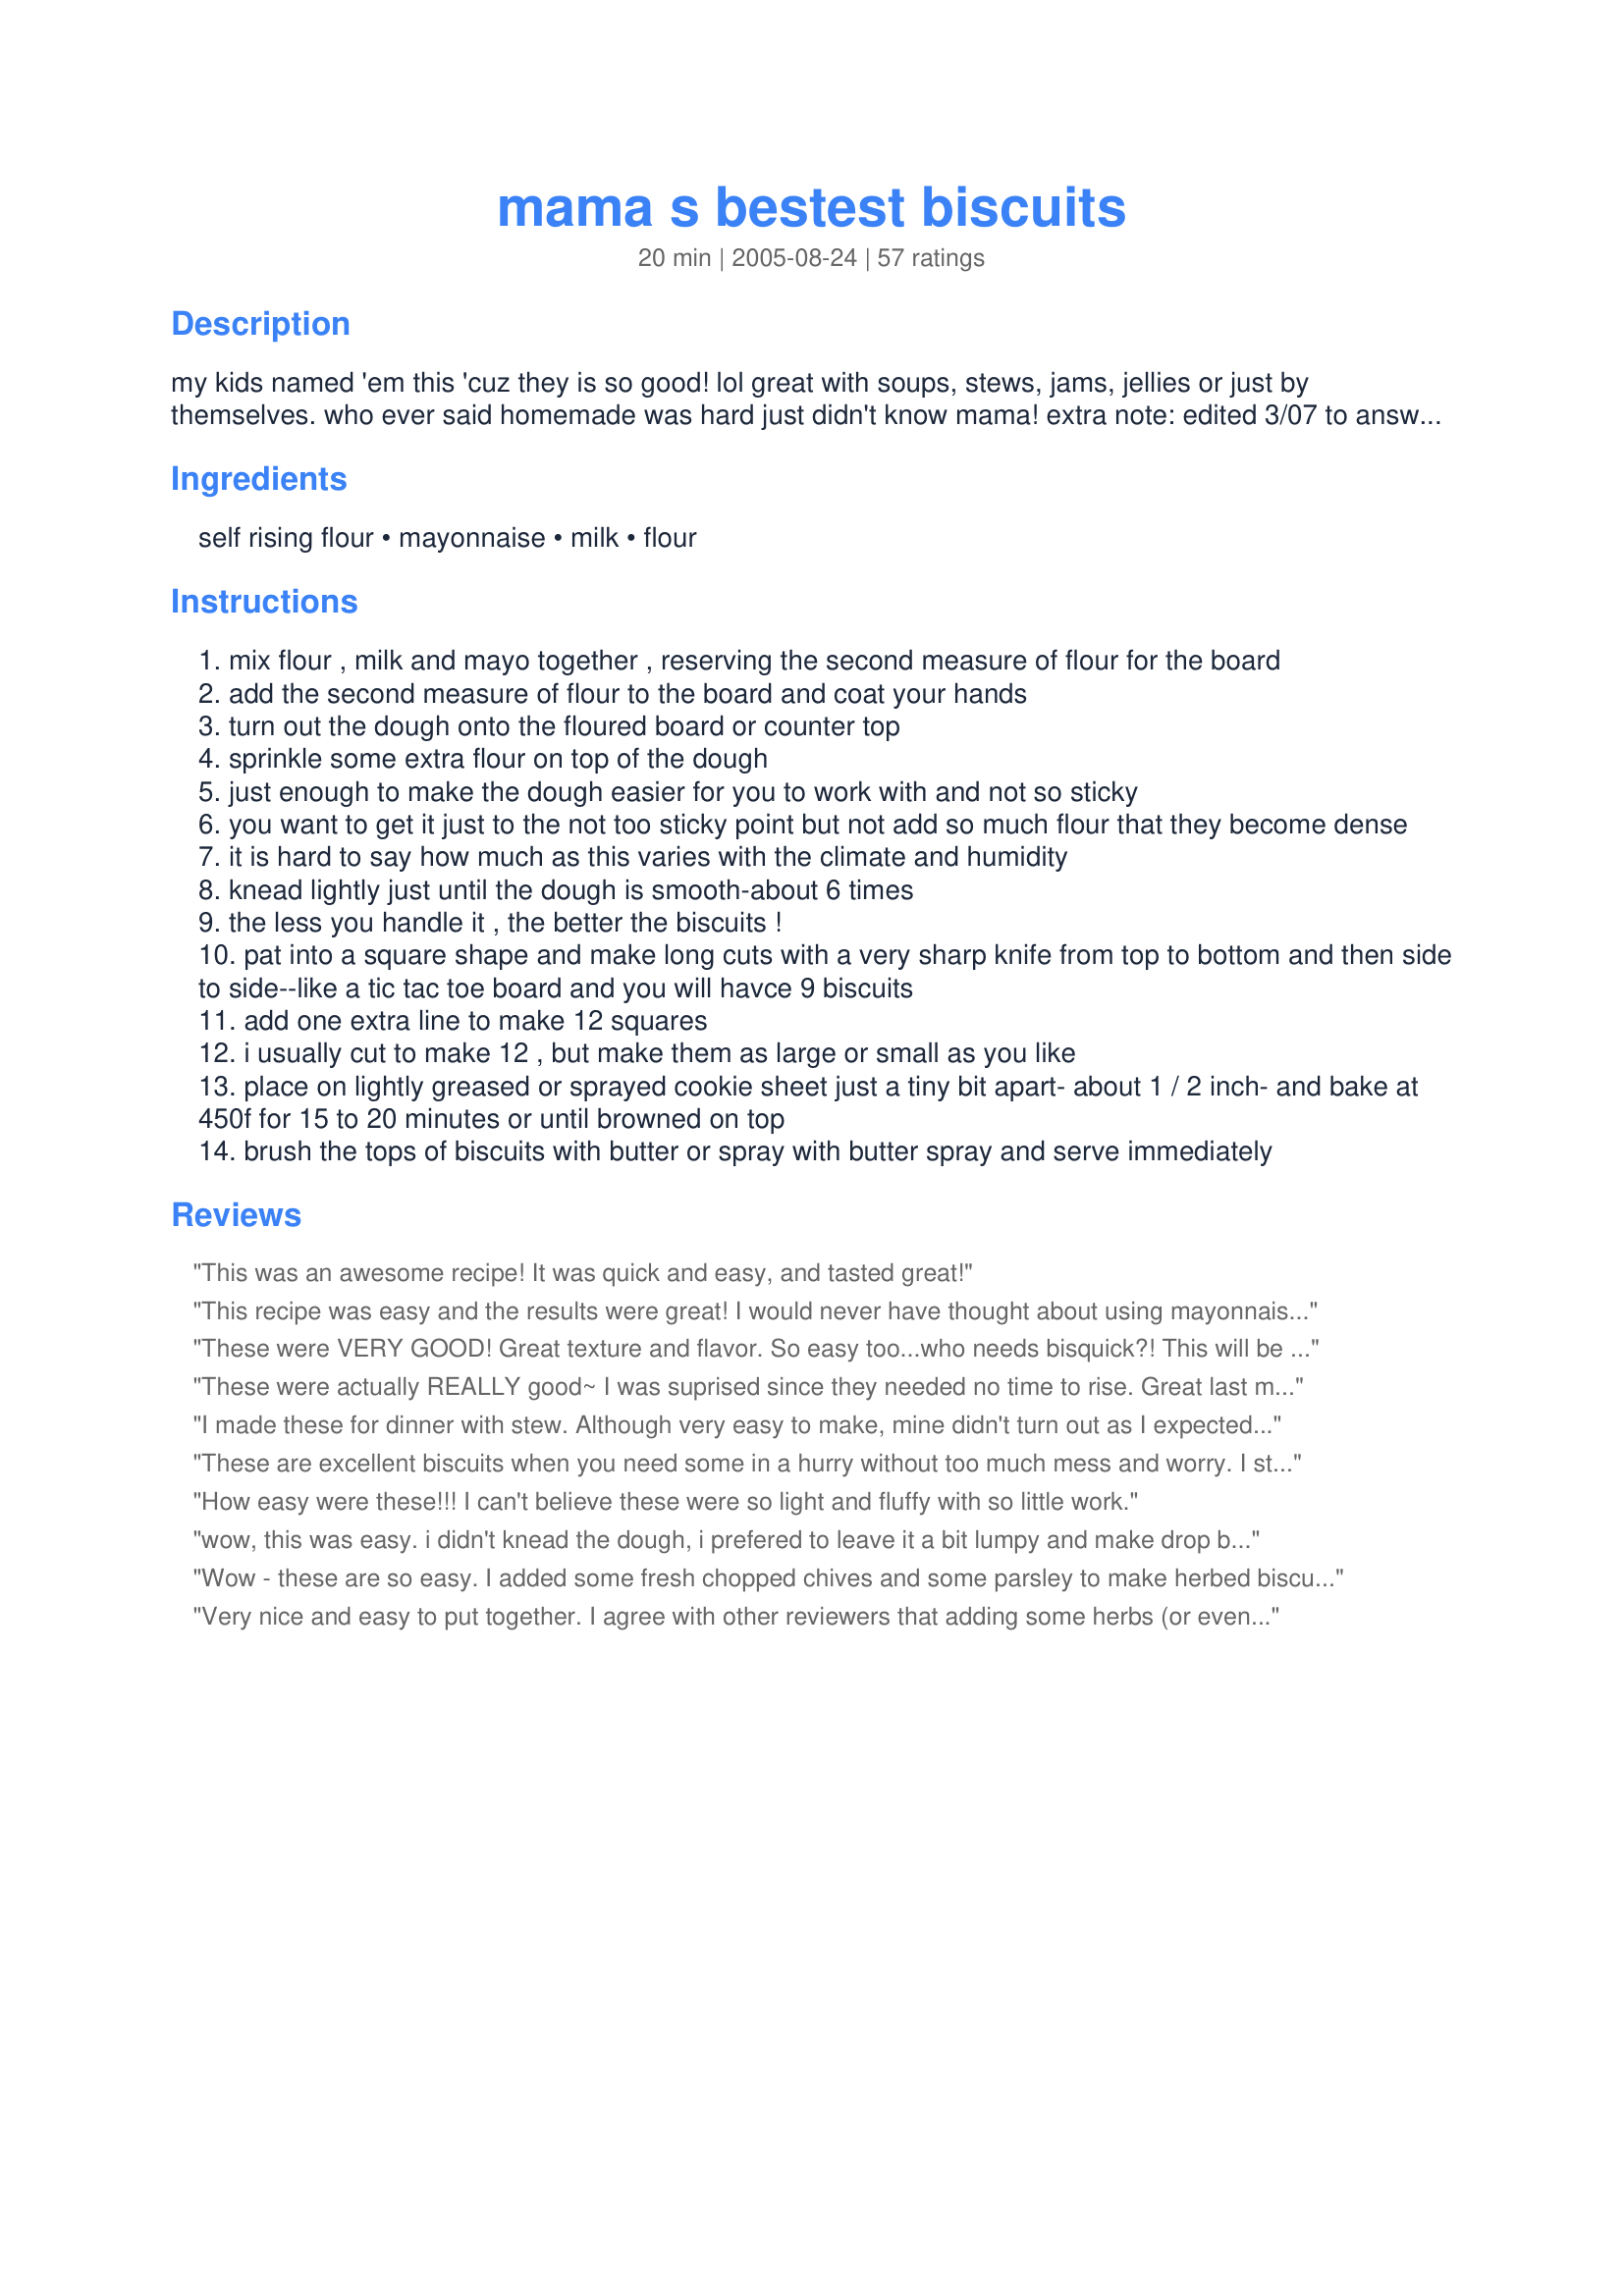
mama s bestest biscuits
Preparation time: 20 minutes

my kids named 'em this 'cuz they is so good! lol great with soups, stews, jams, jellies or just by themselves. who ever said homemade was hard just didn't know mama! extra note: edited 3/07 to answer questions and help you make these come out perfectly. you can even add garlic powder and cheese to make those 'famous restaurant type' biscuits, but better. edited 8/08 to add yes these are basic biscuits. to add additional flavor try adding in herbs and seasonings as stated in the previous edit above. onion powder, garlic powder, fresh cracked black pepper, herbs like oregano or rosemary. you could even brush the top with melted butter when done baking or add some butter buds or molly mcbutter if you like. this also doubles very easily. and again 11-08 this dough is very wet and sticky. make sure your hands are well floured and gently press into shape to knead- do not knead vigorously, you will have a mess. gently pat and use a kneading motion to gently fold the dough into itself and form into a square shape.

Ingredients:
self rising flour, mayonnaise, milk, flour

Steps:
mix flour , milk and mayo together , reserving the second measure of flour for the board
add the second measure of flour to the board and coat your hands
turn out the dough onto the floured board or counter top
sprinkle some extra flour on top of the dough
just enough to make the dough easier for you to work with and not so sticky
you want to get it just to the not too sticky point but not add so much flour that they become dense
it is hard to say how much as this varies with the climate and humidity
knead lightly just until the dough is smooth-about 6 times
the less you handle it , the better the biscuits !
pat into a square shape and make long cuts with a very sharp knife from top to bottom and then side to side--like a tic tac toe board and you will havce 9 biscuits
add one extra line to make 12 squares
i usually cut to make 12 , but make them as large or small as you like
place on lightly greased or sprayed cookie sheet just a tiny bit apart- about 1 / 2 inch- and bake at 450f for 15 to 20 minutes or until browned on top
brush the tops of biscuits with butter or spray with butter spray and serve immediately

Reviews:
This was an awesome recipe! It was quick and easy, and tasted great!
This recipe was easy and the results were great! I would never have thought about using mayonnaise, sooo much better than shortening. We used Fat Free milk. Next time I'll try adding herbs so we can make tiny herb biscuit sandwiches with thinly sliced ham and smoked turkey. Thanks Mama!
These were VERY GOOD! Great texture and flavor. So easy too...who needs bisquick?! This will be my new standby recipe for biscuits from now on! Oh...I did use low fat mayo and it worked just fine. Thanks so much for sharing this!
These were actually REALLY good~ I was suprised since they needed no time to rise. Great last minute throw together roll. Thanks mama's kitchen!
I made these for dinner with stew. Although very easy to make, mine didn't turn out as I expected. They barely rose and mine only made 8 traditional sized bisquits. They cooked too long at 15 minutes on 450. Mine were nice and brown on top, very hard on bottom, soft on inside. I think I will try them one more time, but adjust the temp & time. As well as add some honey to sweeten. (Hubby thought bland.) I added honey on mine so didnt notice. Sorry, it may have been my flour, so thats why I'll try again. If they turn out better the second time around I will update review.
These are excellent biscuits when you need some in a hurry without too much mess and worry. I still prefer the traditional ones on occasion though. But these are good, basic biscuits. Thanks!
How easy were these!!! I can't believe these were so light and fluffy with so little work.
wow, this was easy. i didn't knead the dough, i prefered to leave it a bit lumpy and make drop biscuits to ensure that they would be tender and fluffy. it's true that they don't have a lot of flavor but that's what i think of when i think of a biscuit. i really don't like greasy restaurant biscuits that taste like fake butter. in my opinion, this is a perfect biscuit! thanks mama!
Wow - these are so easy. I added some fresh chopped chives and some parsley to make herbed biscuits. Instead of kneading & cutting them out, I simply pinched off a ball of dough a little larger than a golf ball, and lightly patted it in my hands to form each biscuit. These would also be good as breakfast biscuits, rolled in a little cinnamon sugar before baking. Thanks for posting - I'm sure I'll be making these again! -M :)
Very nice and easy to put together. I agree with other reviewers that adding some herbs (or even some grated cheese) will up the flavour-factor. Good basic recipe.
These biscuits were so yummy with chicken and gravy over them!! I did have to substitute 1/2 the milk with 1/2 & 1/2 as I did not have enough milk. When mixing I was worried as my dough was dry. I added about another tbsp. of 1/2 and 1/2 leaving my dough still on the dry side. I carried on without adding anymore. Even without following the recipe as written (too cold to go out for just milk)I was rewarded with great biscuits! I can only imagine how good they would be had I actually followed the recipe! `Tis a winner in my book! Thanks so much for sharing!
Made these for dinner. My family liked them, nice texture, great with the soup we had. Really easy to make. Will be making them again. 

Thank you for the recipe.
I just made these for breakfast this morning. Wow were these easy to make and so so good!!! I am used to making them with butter, salt, baking powder etc., and was leary about using just the mayonnaise, milk and flour, but these are now my only biscuits. My son came back for seconds and said these were the best. Thank you so much for the recipe!!!!
I've been trying out new recipes for biscuits, this one is by far the best and so easy. Who would know that mayo works so well. I've tried mayo with chicken,rolled in crushed crotons and the biscuits are great with this dish. This is a great biscuit recipe! Thanks!
Nice, easy biscuit recipe. Kids and I enjoyed. Didn't realize I had self-rising flour so I added salt and baking powder per the note. Didn't seem to affect the recipe too much. We will definitely do these again. Thanks for sharing!
I've made these on 3 different occasions and each time they are dense and flat and mostly without flavor. In it's favor, they're better than store bought canned biscuits and they are very easy to make. I think it needs some modification though.
Made these tonight and will make again and again, very good.
Made for ZWT III. What a surprise this recipe was. I didn't believe that it could be so easy to make such great biscuits. I cut this recipe in half and the biscuits turned out beautifully. These were perfect with my fried chicken dinner, and I know these would be great with sausage gravy. No more Pillsbury refrigerated biscuits for me. From now on I am going to make these biscuits.
We loved these biscuits. DH has been asking me for biscuits since we were last in the US 2 years ago - we just don't have them here - now he's happy. I'm sure I'll be making these again. Thanks for sharing this great, easy recipe.
These could be good... if I were to make them properly. I tried to sub for the self raising flour and it didn't really work too well. Because I didn't "over work" the dough, the baking powder didn't get dispersed very well. Next time, I will just buy the right flour for the job. My fiance HATES mayonnaise... so I didn't tell him what was in the biscuits! And even though they didn't really work, he still had three pieces! That goes to show that these are great even when I can manage to mess them up! Thanks Mama for being a better cook than me and coming up with such a GREAT recipe. I will make these again.
I made these last night with dinner, and this was the first time I attempted to make home made biscuits. Very good recipe! Mine came out perfect! And even though my baking powder was expired, it still came out great! I brushed seasoned butter(butter, garlic powder, onion powder, parsley, basil) on top when they came out of the oven, and the kids ate them up! Im glad I made two batches! This will be filed in my recipe box for my go to recipe! Thank you!
Updated: This should be saved in everyone cookbook! They are so easy to throw together when you do not have the time to make rolls for dinner. They are a perfect texture and only three ingredients!!! These are wonderful for breakfast or dinner! "Oct 7, 2005 OH MAMA!!! were these ever good! These were so easy to throw together too!!! I cut mine into mini loafs and put them in the pan side by side. They were beauriful! Also, I did not have a full cup of milk so I added half and half to make the difference and it worked perfectly. Thanks Mama!!! — Oct 7, 2005"
I'm afraid this didn't really work for me. The dough was gooey and runny, and I needed to sprinkle a lot of flour on the counter in order to knead the dough. My hands were a sticky mess! I also had problems cutting the dough even though I dipped the knife in flour. The dough was just too wet and sticky. However, the taste and texture of the baked biscuits was good. If I make these again, I will reduce the amount of milk in the recipe. Thanks for posting!
I don't think you can get any easier than this! I don't think they can taste any better than this.. My husband watched me make these and kept asking "Umm, are you sure your doing it right?" Funny how all I heard out of his mouth when they were done is "Ohhh, You gotta make these more often!"

My husuband is one to put butter/jam on everything, these biscuits he ate just as they were and loved em'... I am sooo happy I found this recipe.. No more store bought for our family, from NOW ON!!
So easy and so good.
I just cut them with my regular cutter,they took about 15min. thanks, mama
I suggest you keep a very close eye on these as the cook because while some people are reporting theirs did not brown, mine became hockey pucks long before the 15 minutes was up. Like a buscuit encased in pie crust. =&lt;
Made these this morning and they turned out great! It's amazing with such few ing and mayo!! Anyway I'm sure I will make again. Thanks
Like these a lot but need a topping like jam or butter. Maybe a touch of honey would be nice. Will make again and loved simplicity.
Great biscuits! Followed the recipe accordingly but added 8 tsp splenda. Yum! We like our breads with a hint of sweetness. Thanks!
I made these for a dinner tonight. They came out very nicely. I'm keeping the recipe for when I want a quick homemade biscuit. The dough was VERY doughy, which required A LOT of flour when kneading and cutting. I plan to try the drop method next time. I only had Miracle Whip Light and skim milk on hand to use, but the biscuits still came out nicely.
Great texture!
I can't rate the biscuits just yet because I just used this recipe for dumplings. I made the recipe with buttermilk and added just a tad of sugar. They made WONDERFUL dumplings, and this will be my regular dumpling recipe. Can't wait to try the biscuits- and with this easy recipe, that shouldn't be long!
Oh, Mama! Biscuits just don't get any easier than this! Tender flaky, tender and melt in your mouth delicious! I never heard of using mayo in biscuits before, but this works very well. Thanks so much for sharing your wonderful recipes, Mama!
I chose this recipe as I have a lonley sack of self rising flour in the cupboard. I made the recipe as directed. However I found TWO major problems that I feel the original poster should address. ONE, these biscuits disappear WAAAAY to fast - they baked up perfect and were just slightly crusty on the outside and so tender on the inside, who could resist? SECOND, too many of these biscuits disappeared into my face and are probably colonizing on my backside as I type! Until these issues are addressed, I'm afraid I will need to do my own investigation to solving these 'problems' with these biscuits. I mean, someone has to do it, right??? OUTSTANDING RECIPE!!!!!!!!!!!!!
Tastes almost like my grandpa's did! That's the highest compliment i can give in cooking!! Very good! Made mine the old fashioned way in an iron skillet with melted shortening on the bottom!
These low-fat biscuits are a real winner in appearance, taste, and texture! I was totally surprised at how good they are and easy to whip up. My Taste Of Home magazine chart said to add 1 tsp of baking powder, 1/2 tsp salt, and 1/4 tsp baking soda for each cup of flour, so that is what I used to sub for the self rising flour. The only problem I had was my dough was too runny and I didn't want to add too much more flour so I ended up making drop biscuits instead. They turned out a lovely golden brown and were light, moist, and delicious! What more could you ask for? Thank you Mama for a wonderful recipe!
Loved it!! Made as written and they turned out wonderfully. Thanks for a great recipe!! I will make this over and over. I used Best Foods Mayo and Skim milk and AP flour with the salt and baking powder addition. It is a beautiful thing when I can make biscuits from scratch with my every day pantry ingredients. I will no longer purchase self-rising flour or shortening just for biscuits!! Oh, and tell your kids that they named the recipe perfectly!! Many thanks!!
They were ok, but very small and nothing spectacular. I am going to try them again though and will only make 9 rolls and maybe add some other ingridients as this is a very nice and easy basic recipe.
Well, your momma's bestest is very good. Made these twice now and love to eat them each time. Thank you for a very easy, basic recipe.
Made these again tonight with a few modifications... I replaced half a cup of the regular flour with whole wheat flour (i've tried it with a whole cup, and it was too dense), used an extra 1/2 tsp of baking powder (see my attached original review to see how to sub for self rising flour with baking soda), and miracle whip light with a 1/2 tsp of margarine melted into it for the fat. Came our REALLY well, very nice texture with the whole wheat flour in it, and tasted amazing with some margarine and raspberry jam! Next time I think I'll try adding some herbs for herb biscuits!



Oct 16th/05 ***** Amazingly good, especially considering how little goes into them - a wonderful easy biscuit recipe! I used regular flour, 3 tsp of baking power, and 1/2 a tsp of salt and they came out perfectly... I also just pulled pieces off the dough ball, hand flattened them, and put them on the cookie sheet - I avoid rolling dough whenever possible! Will definately be using this recipe over and over! -- posted Oct 16, 2005
Bigger than the sum of its parts! A keeper!! Also tried it with buttermilk (and a healthy pinch of baking soda) -- STUNNING!
These are with out a doubt the best! I've made a lot of biscuits because my husband grew up on them in W.VA. but none of my recipes were this easy. I was curious as to whether or not the real mayonaise would work as a substitute for lard,shortening or butter. But by golly it did and these are as flaky as I could ask for. And when it comes to ease, nothing could be easier than shaping the dough into a square or circle and gently precutting before baking. I was also surprised at how nicely they browned. Because some times my biscuits don't brown on top so I run them under the broiler for a minute or two to give them that golden touch. Thank you Mama!
I'm glad I tried these again. They were awsome! So yummy and perfect. I think last time I didn't understand that making them as large or small as you want them is the same as thickness (I know that is splitting hairs but I am sometimes very literal). I may have also used less than whole milk. This time I used whole milk and made my own self rising flour as you suggested. I also used Helmans canola mayonnaise. I didn't need all the flour but used most of it. I patted it out and cut with a large biscuit cutter and made them fairly thick. I got 8 large biscuits which is perfect for my family of 4. They did poof nicely in the oven (they didn't last time so I'm sure I did something wrong...maybe it was the flour. I did use self rising and sometimes it doesn't work like it should.) I took them out after about 12 minutes as they were nice and brown. The crust on the outside had a lovely taste and the inside was perfect...the kids LOVED them. Sorry for the less than perfect review last time. This is why I always try these things again. I'm glad I did this time as this will be our new biscuit recipe. So nice that it uses ing. that are in the house anyway. 
Orig. post 12/20/2005: 3 1/2 stars. They didn't stink but they weren't great either. My problem was that you never said how thin or thick to roll the dough. I guess I rolled it a little too thin and they didn't puff much. The taste was fine and they were still good with lots of European butter but the directions weren't helpful to me. Maybe next time I will try CassiaDawn's pull and flatten meathod pulling it into 12 pieces.
These were the bestest biscuits ;) Since it is only my husband and I , I cut recipe in 1/2 and also added about 1 TBS. butter and they were GREAT!!!!Just got done eating them for breakfast with gravy.YUMMO! Thanks for a great recipe.
Easy and tastes great! Thanks!
Amazingly good biscuits with only 3 ingredients! The dough is very loose to start with, adding just enough flour at kneading point makes it perfect - the dough still needs to remain loose to make soft biscuits.
Sorry, but we weren't really fond of these biscuits. Thanks for posting.
Very tasty! The mayo gave it a nice salty taste from the normal biscuits! Tasted very good when it just came out of the oven with peach jam and butter! Thanks for the recipe!
It doesn't get much easier than this, and they are wonderful! I made to use for Strawberry Shortcake, and they sure held up their end of the bargain. Light and broke apart easily. We loved them! I had some of the leftovers toasted with butter and strawberry jelly this morning. Yum!
The dough was very sticky even after adding some more flour. I ended up making drop biscuits instead. The flavor was delicious and my husband loved them.
i have made these soo much. ive tried to make other rolls/biscuits and these are always the ones i come back to. they are soft and taste like something i would get at the bakery (something i have a hard time doing with breads). even my brother who requests buttery biscuits cant tell the difference.
I make biscuits frequently using buttermilk and butter flavor crisco. they are pretty good that way. But sometimes they don't rise as high as I would like. I decided to give these a try because I was in a hurry. I really didn't expect much, but they turned out great.. Dh loved them all three kids loved them.(Even my 6yo who hates mayo, ate one and came back for leftovers for dinner.
I think I will try them using buttermilk to see if I can get great results and keep that buttermilk flavor.
Thanks for a good recipe!
Very delicious and very easy!!! No more hockey pucks for me!
the first time i made these they were so sticky i made drop biscuits. but i made them again because they were soft and had such a good flavor and they turned out perfectly. i love this recipe. it's so easy and fast and makes a great biscuit.
I did only half of the recipe and ended with 6 small biscuits.I didn't need any of the extra flour since I just put them on a muffin pan.I didn't roll them just pulled them and shaped them into small little balls.I used the chipotle mayo as I had seen someone here mention it and it did add a small hint of spiciness to it.I liked this recipe since it does not use that much mayo as another one I had tried a long time back.That one left the flavor of mayo on the biscuit but with this recipe you could not notice it.Liked it and will keep it to play around with the ingredients adding herbs to it and maybe cheese like it was suggested.Still as a basic recipe is good for dinner and with jelly they must taste pretty good.
This was the first recipe that I tried from this site. The biscuits were outstanding. My family loved them and I loved that they were so easy to make. This recipe is one I will hand down to my children.
These were great! I have never been able to make a good biscuit and these remind me of my grandmothers.
